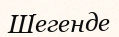
Шегенде